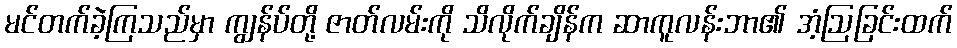
မင်တက်ခဲ့ကြသည်မှာ ကျွန်ပ်တို့ ဇာတ်လမ်းကို သိလိုက်ချိန်က ဆာကူလန်းဘာ၏ အံ့ဩခြင်းထက်